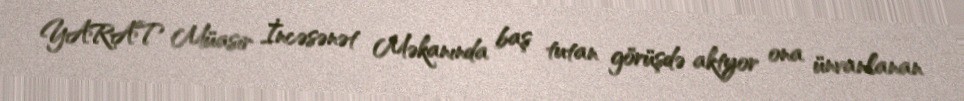
YARAT Müasir İncəsənət Məkanında baş tutan görüşdə aktyor ona ünvanlanan